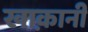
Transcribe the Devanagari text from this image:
खाक़ानी